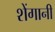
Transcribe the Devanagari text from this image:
शेंगानी